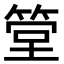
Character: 𥮶